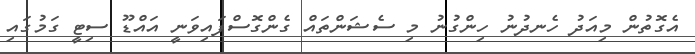
އެެގޮތުން މިއަދު ހެނދުނު ހިންގުނު މި ސެޝަންތައް ގެންގޮސްފައިވަނީ އައްޑޫ ސިޓީ ގަމުގައި